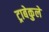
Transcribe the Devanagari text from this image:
ट्राबेकुले